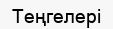
Теңгелері